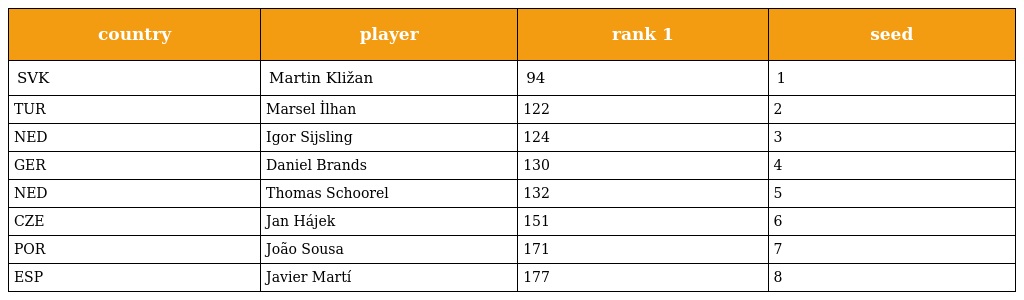
| country | player | rank 1 | seed |
 | --- | --- | --- | --- |
 | SVK | Martin Kližan | 94 | 1 |
 | TUR | Marsel İlhan | 122 | 2 |
 | NED | Igor Sijsling | 124 | 3 |
 | GER | Daniel Brands | 130 | 4 |
 | NED | Thomas Schoorel | 132 | 5 |
 | CZE | Jan Hájek | 151 | 6 |
 | POR | João Sousa | 171 | 7 |
 | ESP | Javier Martí | 177 | 8 |